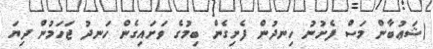
(ޝަޢުބާން މަސް ފެށުނު ހިނދުން ފެށިގެން ބިމުގެ ވަށައިގެން ހަނދު ޖަހަމުން ދިޔަ